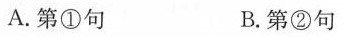
A.第①句 B.第②句